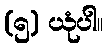
(၅) ယုံပါ။